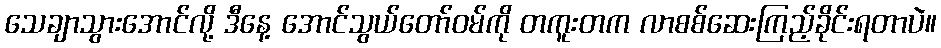
သေချာသွားအောင်လို့ ဒီနေ့ အောင်သွယ်တော်ဝမ်ကို တကူးတက လာစစ်ဆေးကြည့်ခိုင်းရတာပဲ။